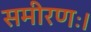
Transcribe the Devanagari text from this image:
समीरणः।